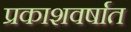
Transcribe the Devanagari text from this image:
प्रकाशवर्षात